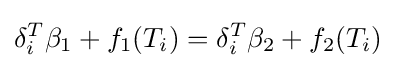
\delta _{i}^{T}\beta _{1}+f_{1}(T_{i})=\delta _{i}^{T}\beta _{2}+f_{2}(T_{i})